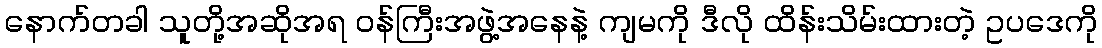
နောက်တခါ သူတို့အဆိုအရ ဝန်ကြီးအဖွဲ့အနေနဲ့ ကျမကို ဒီလို ထိန်းသိမ်းထားတဲ့ ဥပဒေကို